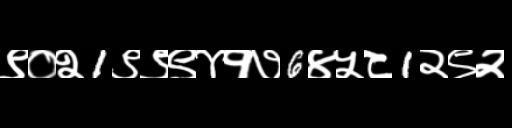
Text: ९०२1९९९४१७6४५८1२९२